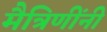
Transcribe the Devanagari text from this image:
मैत्रिणींनी